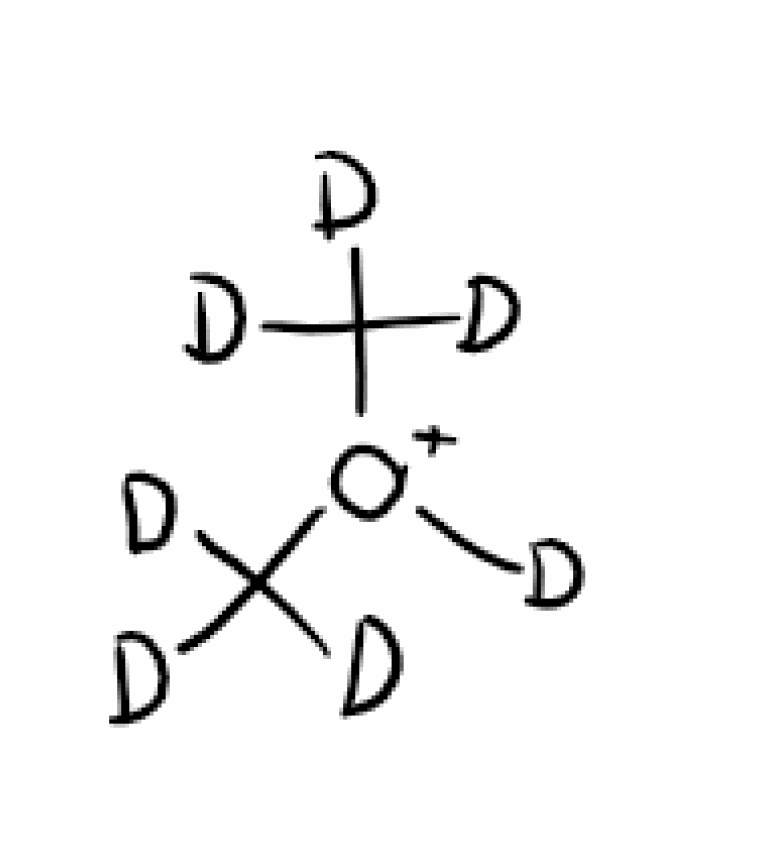
Simplified molecular-input line-entry system (SMILES) notation of the given molecule:
[2H]C([2H])([2H])[O+]([2H])C([2H])([2H])[2H]